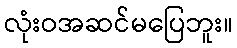
လုံးဝအဆင်မပြေဘူး။